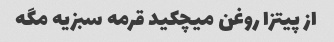
از پیتزا روغن میچکید قرمه سبزیه مگه